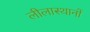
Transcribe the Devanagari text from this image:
लीलास्थानों